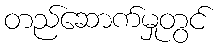
တည်ဆောက်မှုတွင်